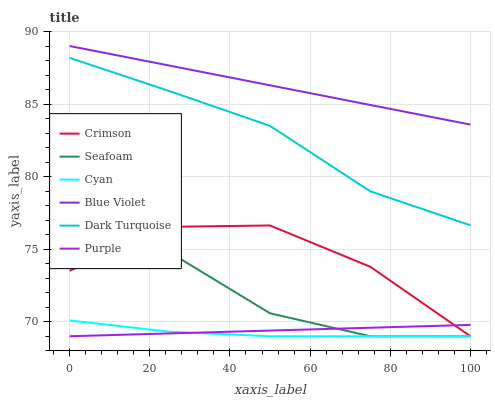
| xaxis_label | Crimson | Seafoam | Cyan | Blue Violet | Dark Turquoise | Purple |
 | --- | --- | --- | --- | --- | --- | --- |
 | 0 | 73.5 | 75.3 | 70.1 | 89 | 88.2 | 69 |
 | 25 | 76.5 | 74.8 | 69.3 | 87.6 | 85.9 | 69.2 |
 | 50 | 76.6 | 70.6 | 69 | 86.3 | 83.5 | 69.4 |
 | 75 | 73.8 | 69 | 69 | 84.9 | 79 | 69.6 |
 | 100 | 69 | 69 | 69 | 83.6 | 76.6 | 69.8 |